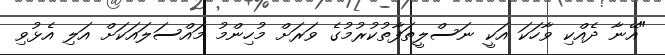
"އޭނާ ދެއްކި ވާހަކަ އަކީ ނަސްލީތަފާތުކުރުމުގެ ވަރަށް މުހިންމު މައްސަލައަކަށް އަލި އެޅުވި